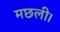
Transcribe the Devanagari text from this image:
मछली।